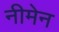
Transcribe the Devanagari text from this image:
नीमेन